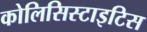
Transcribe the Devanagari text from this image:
कोलिसिस्टाइटिस